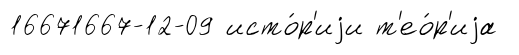
16671667-12-09 исто́р'иjи т'ео́р'иjа